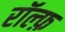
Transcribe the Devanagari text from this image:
रॉल्फ़